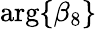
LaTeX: \mathrm{arg}\{ \beta_{8}\}